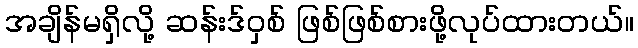
အချိန်မရှိလို့ ဆန်းဒ်ဝှစ် ဖြစ်ဖြစ်စားဖို့လုပ်ထားတယ်။